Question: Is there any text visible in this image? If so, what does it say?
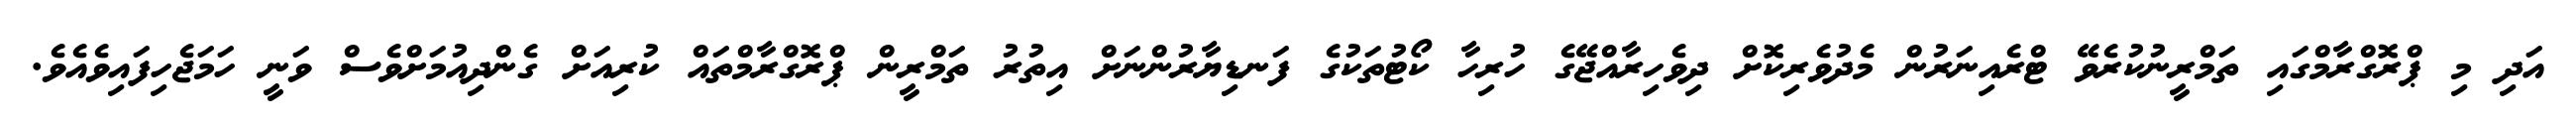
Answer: އަދި މި ޕްރޮގްރާމްގައި ތަމްރީނުކުރެވޭ ޓްރެއިނަރުން މެދުވެރިކޮށް ދިވެހިރާއްޖޭގެ ހުރިހާ ކޯޓުތަކުގެ ފަނޑިޔާރުންނަށް އިތުރު ތަމްރީން ޕްރޮގްރާމްތައް ކުރިއަށް ގެންދިއުމަށްވެސް ވަނީ ހަމަޖެހިފައިވެއެވެ.